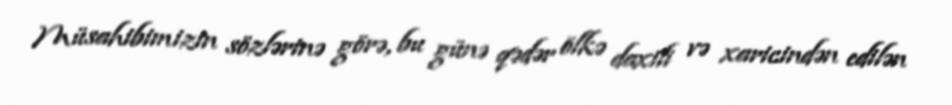
Müsahibimizin sözlərinə görə, bu günə qədər ölkə daxili və xaricindən edilən